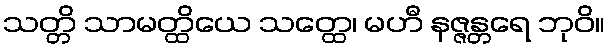
သတ္တိ သာမတ္ထိယေ သတ္ထေ၊ မဟီ နဇ္ဇန္တရေ ဘုဝိ။